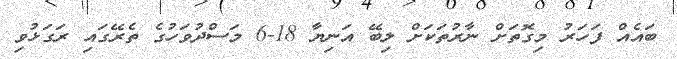
ބައެއް ފަހަރު މިގޮތަށް ނާރުތަކަށް ލިބޭ އަނިޔާ 18-6 މަސްދުވަހުގެ ތެރޭގައި ރަގަޅުވި